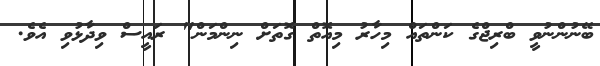
ބޭނުންނުވީ ބްރިޖްގެ ކަންތައް މިހާރު މިއޮތް ގޮތަށް ނިންމަން" ރައީސް ވިދާޅުވި އެވެ.